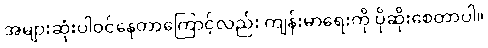
အများဆုံးပါဝင်နေတာကြောင့်လည်း ကျန်းမာရေးကို ပိုဆိုးစေတာပါ။